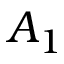
A _ { 1 }